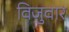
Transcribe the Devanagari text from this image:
विजुवार